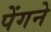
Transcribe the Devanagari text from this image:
पेंगने